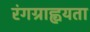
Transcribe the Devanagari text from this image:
रंगग्राह्वयता